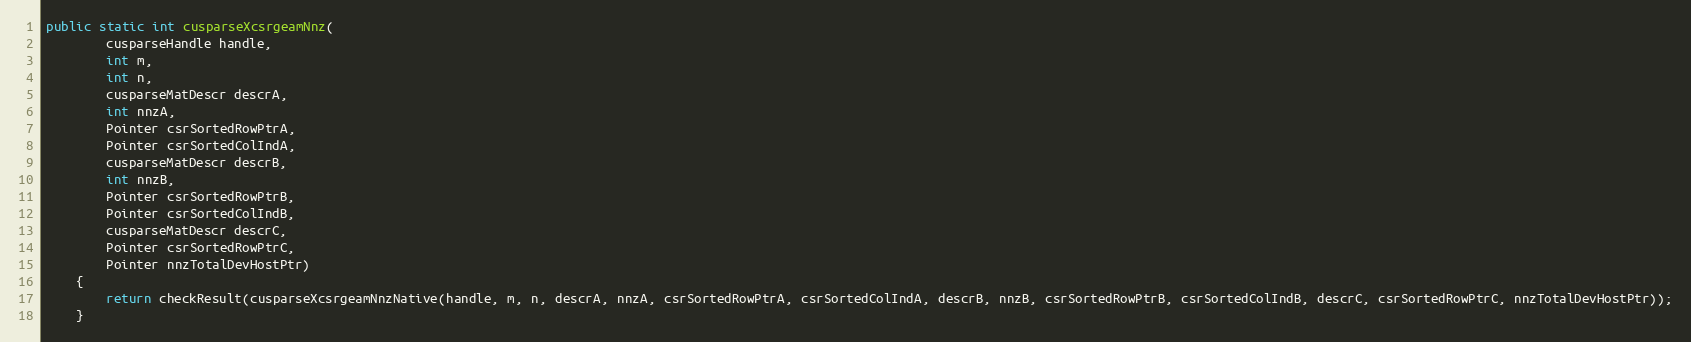
Language: Java
public static int cusparseXcsrgeamNnz(
        cusparseHandle handle,
        int m,
        int n,
        cusparseMatDescr descrA,
        int nnzA,
        Pointer csrSortedRowPtrA,
        Pointer csrSortedColIndA,
        cusparseMatDescr descrB,
        int nnzB,
        Pointer csrSortedRowPtrB,
        Pointer csrSortedColIndB,
        cusparseMatDescr descrC,
        Pointer csrSortedRowPtrC,
        Pointer nnzTotalDevHostPtr)
    {
        return checkResult(cusparseXcsrgeamNnzNative(handle, m, n, descrA, nnzA, csrSortedRowPtrA, csrSortedColIndA, descrB, nnzB, csrSortedRowPtrB, csrSortedColIndB, descrC, csrSortedRowPtrC, nnzTotalDevHostPtr));
    }